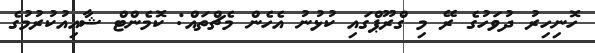
ހޮނިހިރު ދުވަހުގެ ރޭ މި ގްރޫޕްގައި ކުޅުނު އެހެން މެޗްތައް: ކޮމެންޓް ޝާއިއުކުރުމުގެ